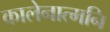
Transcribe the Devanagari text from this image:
कालेनात्मनि